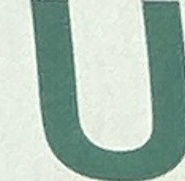
U